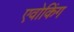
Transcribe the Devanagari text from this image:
एवोकिंग